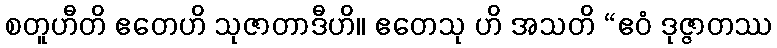
စတူဟီတိ ဧတေဟိ သုဇာတာဒီဟိ။ ဧတေသု ဟိ အသတိ “ဧဝံ ဒုဇ္ဇာတဿ